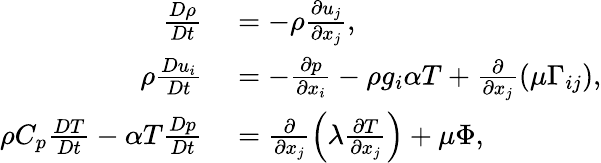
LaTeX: \begin{array}{rl}{\frac{D\rho}{Dt}}&{{}=-\rho\frac{\partial u_{j}}{\partial x_{j}},}\\ {\rho\frac{Du_{i}}{Dt}}&{{}=-\frac{\partial p}{\partial x_{i}}-\rho g_{i}\alpha T+\frac{\partial}{\partial x_{j}}(\mu\Gamma_{ij}),}\\ {\rho C_{p}\frac{DT}{Dt}-\alpha T\frac{Dp}{Dt}}&{{}=\frac{\partial}{\partial x_{j}}\left(\lambda\frac{\partial T}{\partial x_{j}}\right)+\mu\Phi,}\end{array}